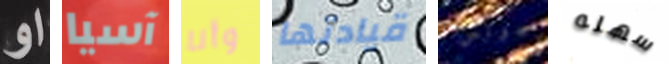
او آسيا وأنا قيادتها جونس سهله